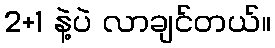
2+1 နဲ့ပဲ လာချင်တယ်။